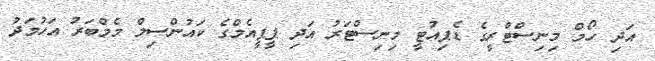
އަދި ހޯމް މިނިސްޓްރީގެ ޑެޕިއުޓީ މިނިސްޓަރު އަދި ޕީޕީއެމްގެ ކައުންސިލް މެމްބަރު އަހުމަދު